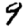
Digit: 9